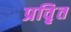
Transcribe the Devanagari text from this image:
प्रवृ़ित